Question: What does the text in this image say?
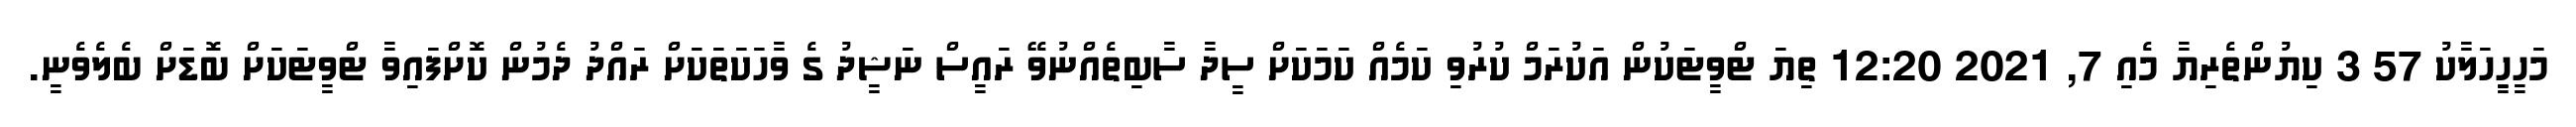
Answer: މަހީހިީހަލާކު 57 3 ކިޔުންތެރިޔާ މެއި 7, 2021 12:20 ތިޔަ ޓްވީޓަކުން އަކުރަމް ކުރުވި ކަމެއް ކަމަކަށް ސީދާ ސާބިތެއްނުވޭ ރައީސް ނަޝީދު ގެ ވާހަކަތަކަށް ރައްދު ދެމުން ކޮށްފައިވާ ޓްވީޓަކަށް ބޮޑަށް ބެލެވެނީ.